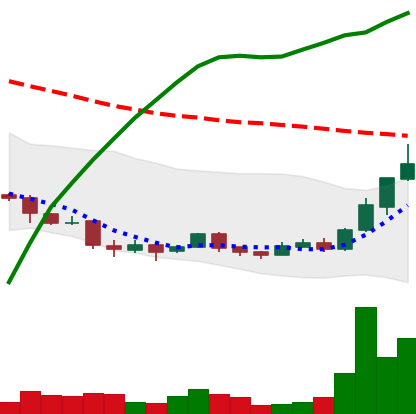
Ticker: DOGE-USD
Chart end date: 2018-04-13
Forward return: 35.469%
Label: up_7plus